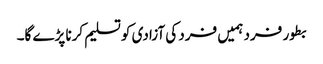
بطور فرد ہمیں فرد کی آزادی کو تسلیم کرنا پڑے گا۔